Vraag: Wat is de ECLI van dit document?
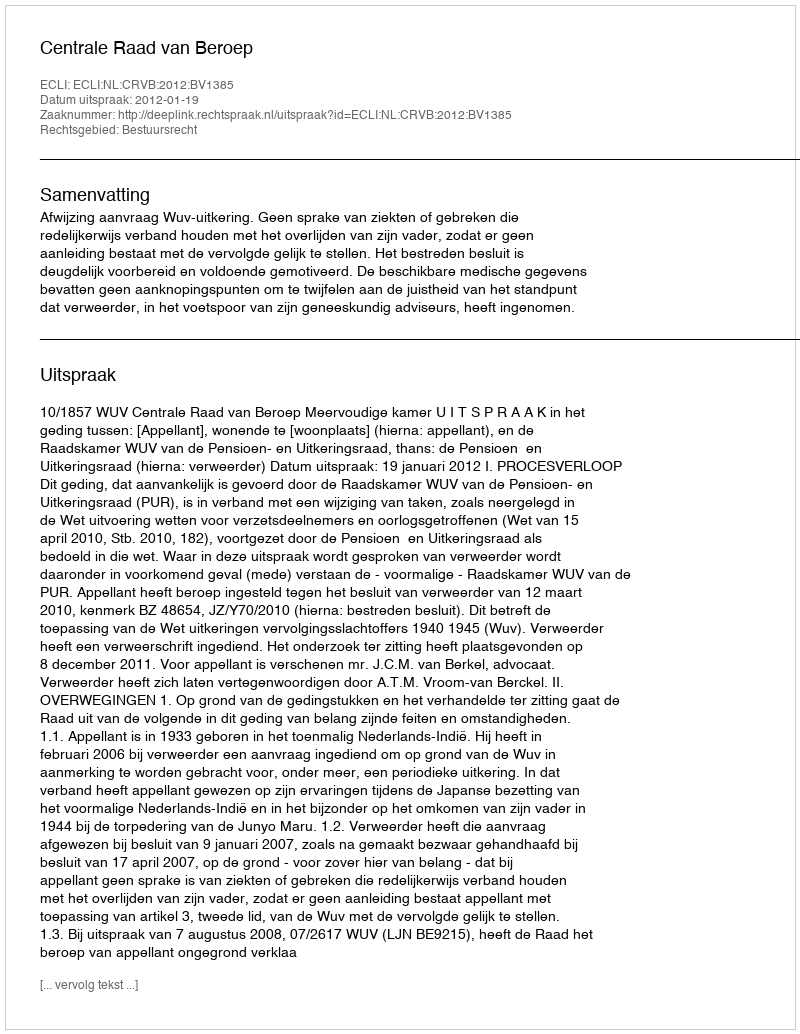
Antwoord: ECLI:NL:CRVB:2012:BV1385